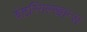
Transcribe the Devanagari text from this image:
वेटरिंगस्खान्स